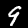
Label: 9